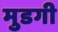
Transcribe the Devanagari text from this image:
मुडगी